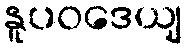
နူပဝဒေယျ